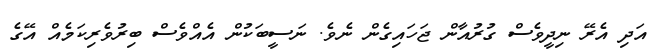
އަދި އެރޭ ނިދީވެސް ގުރުއާން ޖަހައިގެން ނެވެ. ނަސީބަކުން އެއްވެސް ބިރުވެރިކަމެއް އޭގެ